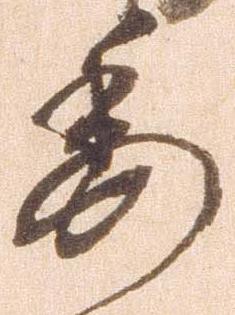
委